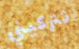
تتركيني